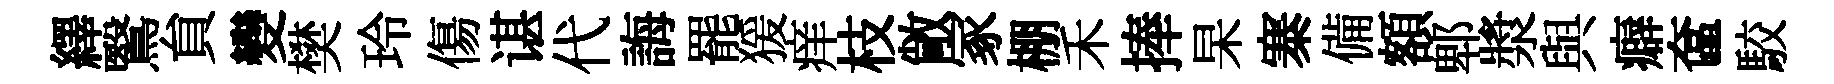
繹鷖貟變樊玲傷谌代誨罷猨痒枝敞冢棚禾捧杲寨備額郫漿與癖奩駮